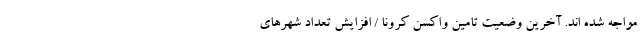
مواجه شده اند. آخرین وضعیت تامین واکسن کرونا / افزایش تعداد شهرهای